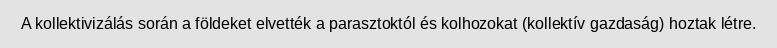
A kollektivizálás során a földeket elvették a parasztoktól és kolhozokat (kollektív gazdaság) hoztak létre.